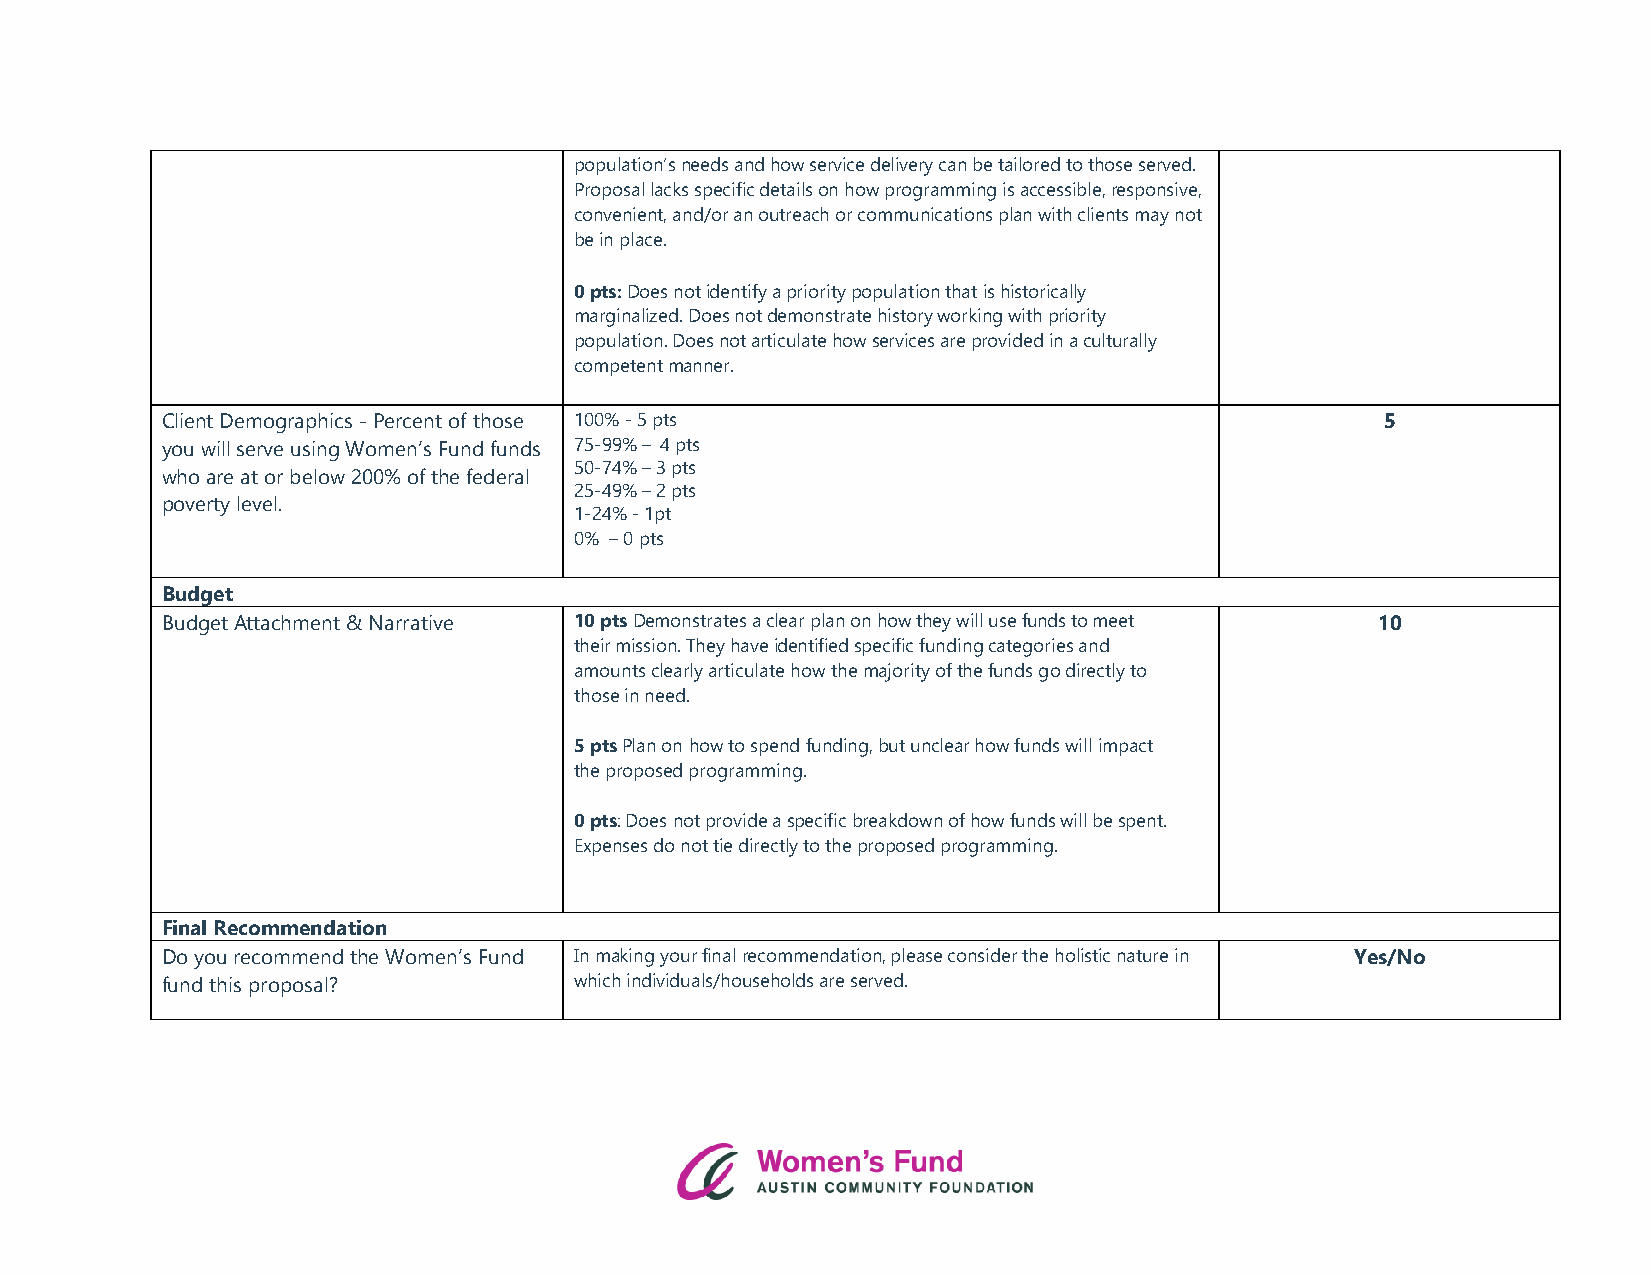
population’s needs and how service delivery can be tailored to those served.
 Proposal lacks specific details on how programming is accessible, responsive,
 convenient, and/or an outreach or communications plan with clients may not
 be in place.
 0 pts: Does not identify a priority population that is historically
 marginalized. Does not demonstrate history working with priority
 population. Does not articulate how services are provided in a culturally
 competent manner.
 Client Demographics - Percent of those 100% - 5 pts                              5
 you will serve using Women’s Fund funds 75-99% – 4 pts
 50-74% – 3 pts
 who are at or below 200% of the federal
 25-49% – 2 pts
 poverty level.
 1-24% - 1pt
 0% – 0 pts
 Budget
 Budget Attachment & Narrative 10 pts Demonstrates a clear plan on how they will use funds to meet 10
 their mission. They have identified specific funding categories and
 amounts clearly articulate how the majority of the funds go directly to
 those in need.
 5 pts Plan on how to spend funding, but unclear how funds will impact
 the proposed programming.
 0 pts: Does not provide a specific breakdown of how funds will be spent.
 Expenses do not tie directly to the proposed programming.
 Final Recommendation
 Do you recommend the Women’s Fund In making your final recommendation, please consider the holistic nature in Yes/No
 fund this proposal?        which individuals/households are served.